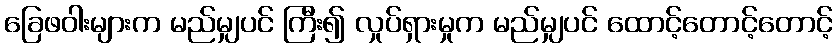
ခြေဖဝါးများက မည်မျှပင် ကြီး၍ လှုပ်ရှားမှုက မည်မျှပင် ထောင့်တောင့်တောင့်